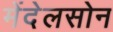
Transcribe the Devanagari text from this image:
मेंदेलसोन